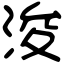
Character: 浚